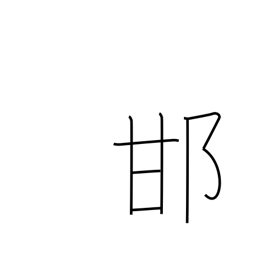
Meaning: tree cricket